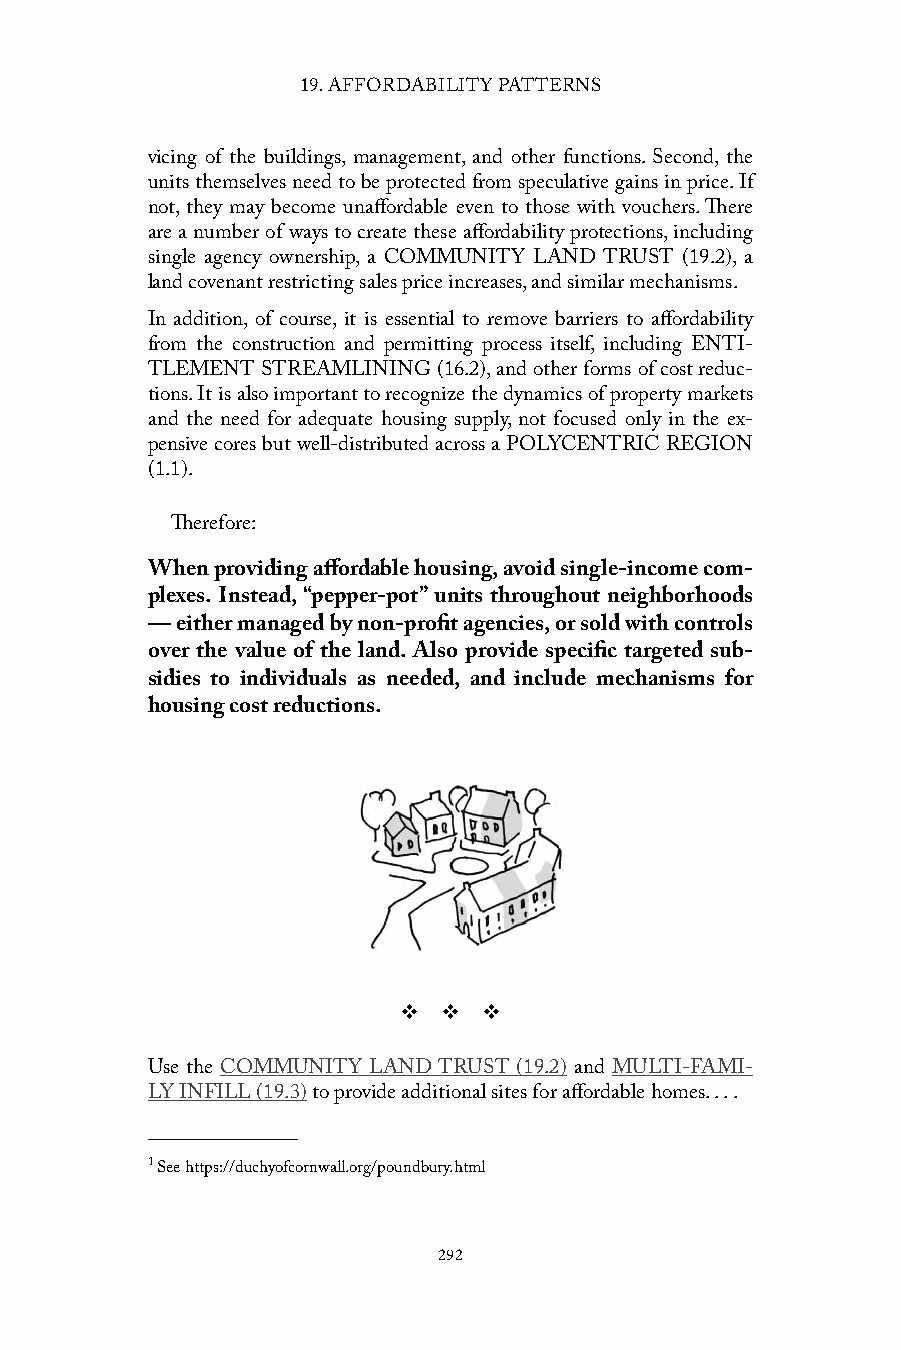
19. AFFORDABILITY PATTERNS
 vicing of the buildings, management, and other functions. Second, the
 units themselves need to be protected from speculative gains in price. If
 not, they may become unaffordable even to those with vouchers. There
 are a number of ways to create these affordability protections, including
 single agency ownership, a COMMUNITY LAND TRUST (19.2), a
 land covenant restricting sales price increases, and similar mechanisms.
 In addition, of course, it is essential to remove barriers to affordability
 from the construction and permitting process itself, including ENTI-
 TLEMENT STREAMLINING (16.2), and other forms of cost reduc-
 tions. It is also important to recognize the dynamics of property markets
 and the need for adequate housing supply, not focused only in the ex-
 pensive cores but well-distributed across a POLYCENTRIC REGION
 (1.1).
 Therefore:
 When providing affordable housing, avoid single-income com-
 plexes. Instead, “pepper-pot” units throughout neighborhoods
 — either managed by non-profit agencies, or sold with controls
 over the value of the land. Also provide specific targeted sub-
 sidies to individuals as needed, and include mechanisms for
 housing cost reductions.
 v  v  v
 Use the COMMUNITY LAND TRUST (19.2) and MULTI-FAMI-
 LY INFILL (19.3) to provide additional sites for affordable homes. . . .
 1 See https://duchyofcornwall.org/poundbury.html
 292